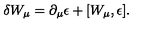
\delta W _ { \mu } = \partial _ { \mu } \epsilon + [ W _ { \mu } , \epsilon ] .